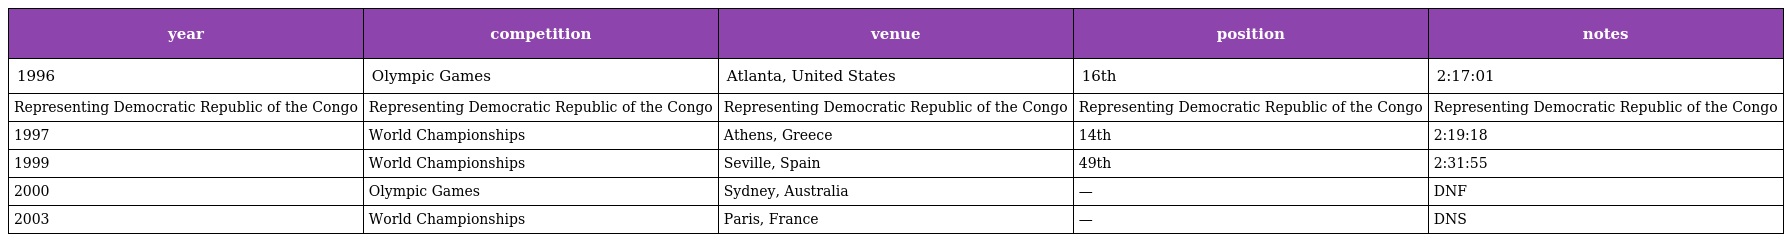
| year | competition | venue | position | notes |
 | --- | --- | --- | --- | --- |
 | 1996 | Olympic Games | Atlanta, United States | 16th | 2:17:01 |
 | Representing Democratic Republic of the Congo | Representing Democratic Republic of the Congo | Representing Democratic Republic of the Congo | Representing Democratic Republic of the Congo | Representing Democratic Republic of the Congo |
 | 1997 | World Championships | Athens, Greece | 14th | 2:19:18 |
 | 1999 | World Championships | Seville, Spain | 49th | 2:31:55 |
 | 2000 | Olympic Games | Sydney, Australia | — | DNF |
 | 2003 | World Championships | Paris, France | — | DNS |